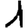
Digit: 1